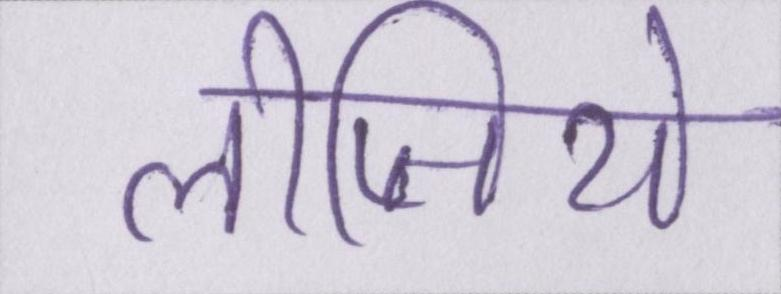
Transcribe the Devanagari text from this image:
लीजिये